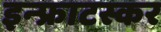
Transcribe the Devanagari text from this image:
इन्फ्राटस्कर